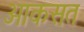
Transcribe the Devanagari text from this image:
आकसत